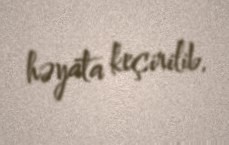
həyata keçirilib.